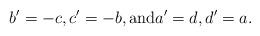
LaTeX: \begin{align*}b' = -c , c' = -b , \mbox{and} a' = d , d' = a .\end{align*}